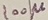
Text: 100µ